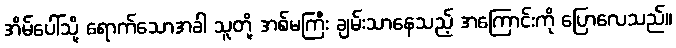
အိမ်ပေါ်သို့ ရောက်သောအခါ သူတို့ အစ်မကြီး ချမ်းသာနေသည့် အကြောင်းကို ပြောလေသည်။